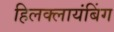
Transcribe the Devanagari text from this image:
हिलक्लायंबिंग